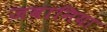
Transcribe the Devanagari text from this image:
जबानिया